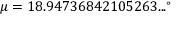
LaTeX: \mu = 1 8 . 9 4 7 3 6 8 4 2 1 0 5 2 6 3 . . . ^ { \circ }